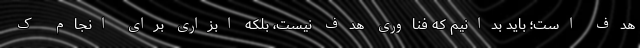
هدف است؛ باید بدانیم که فناوری هدف نیست، بلکه ابزاری برای انجام ک